Problem: 13 + 3 = ?
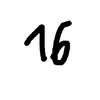
Handwritten answer: 16